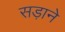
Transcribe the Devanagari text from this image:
सड़ाने